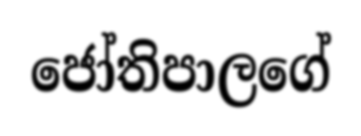
ජෝතිපාලගේ